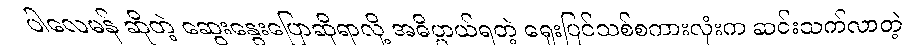
ပါလေမန် ဆိုတဲ့ ဆွေးနွေးပြောဆိုရာလို့ အဓိပ္ပာယ်ရတဲ့ ရှေးပြင်သစ်စကားလုံးက ဆင်းသက်လာတဲ့